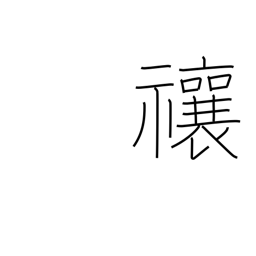
Meaning: drive away